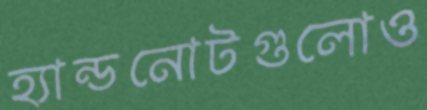
হ্যান্ডনোটগুলোও